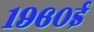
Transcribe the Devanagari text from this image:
१९६०ई